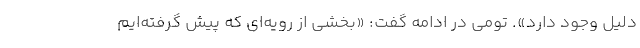
دلیل وجود دارد». تومی در ادامه گفت: «بخشی از رویه‌ای که پیش گرفته‌ایم